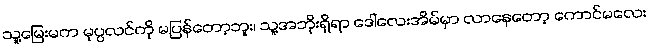
သူ့မြေးမက မုပ္ပလင်ကို မပြန်တော့ဘူး၊ သူ့အဘိုးရှိရာ ဒေါ်လေးအိမ်မှာ လာနေတော့ ကောင်မလေး